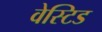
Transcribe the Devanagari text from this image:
वेस्टिड